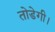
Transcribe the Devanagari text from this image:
तोडेगी।